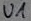
Text: U1